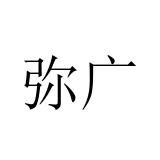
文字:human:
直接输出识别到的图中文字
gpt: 弥广